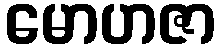
မောဟဇာ